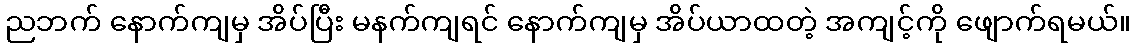
ညဘက် နောက်ကျမှ အိပ်ပြီး မနက်ကျရင် နောက်ကျမှ အိပ်ယာထတဲ့ အကျင့်ကို ဖျောက်ရမယ်။